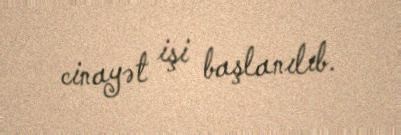
cinayət işi başlanılıb.